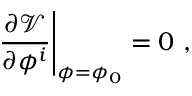
\left. \frac { \partial \mathcal { V } } { \partial \phi ^ { i } } \right| _ { \phi = \phi _ { 0 } } = 0 ~ ,